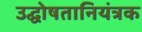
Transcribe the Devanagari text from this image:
उद्घोषतानियंत्रक